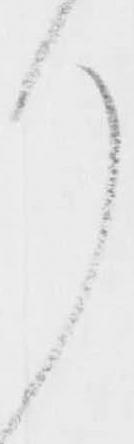
り